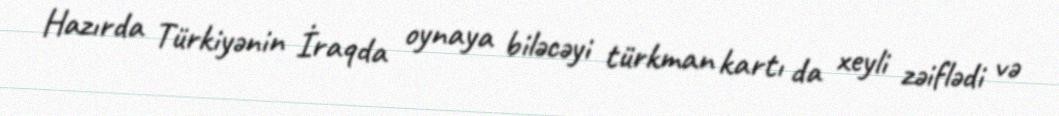
Hazırda Türkiyənin İraqda oynaya biləcəyi türkman kartı da xeyli zəiflədi və